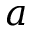
a